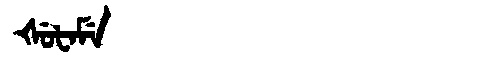
Manchu: ᡧᡠᡶᠠᠮᡝ
Romanization: ŠUFAME